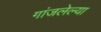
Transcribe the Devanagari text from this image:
गांजलेल्या